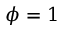
\phi = 1